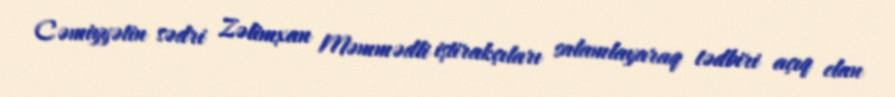
Cəmiyyətin sədri Zəlimxan Məmmədli iştirakçıları salamlayaraq tədbiri açıq elan